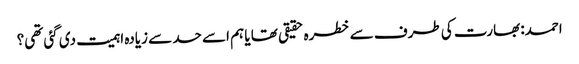
احمد: بھارت کی طرف سے خطرہ حقیقی تھا یا ہم اسے حد سے زیادہ اہمیت دی گئی تھی؟